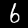
Digit: 6